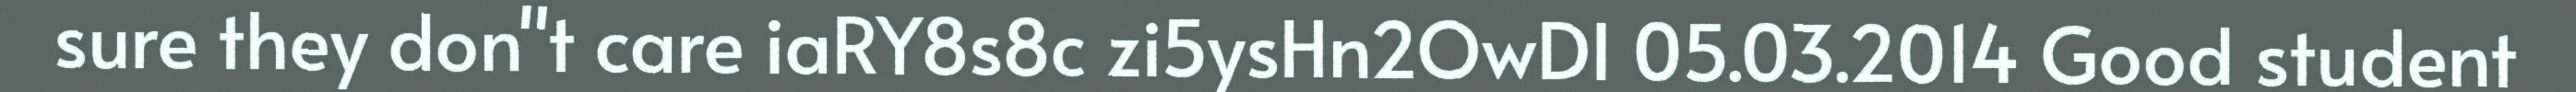
sure they don"t care iaRY8s8c zi5ysHn2OwDI 05.03.2014 Good student